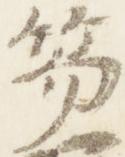
笏